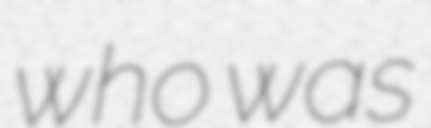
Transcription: who was